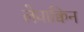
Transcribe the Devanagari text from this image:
लेवाक्विन